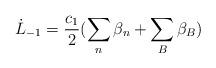
LaTeX: \begin{align*}\dot L_{-1} = \frac{c_1}{2}(\sum_n\beta_n +\sum_B \beta_B)\end{align*}